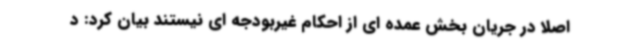
اصلا در جریان بخش عمده ای از احکام غیربودجه ای نیستند بیان کرد: د